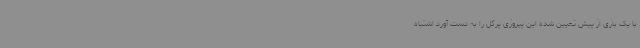
با یک بازی از پیش تعیین شده این پیروزی پرگل را به دست آورد اشتباه